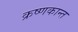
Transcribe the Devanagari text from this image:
क्रष्णकान्त